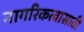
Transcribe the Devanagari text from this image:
नागरिकत्वासाठी